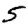
Digit: 5